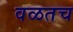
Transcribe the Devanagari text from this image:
वळतच